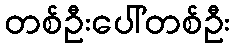
တစ်ဦးပေါ်တစ်ဦး